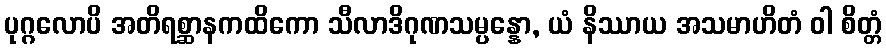
ပုဂ္ဂလောပိ အတိရစ္ဆာနကထိကော သီလာဒိဂုဏသမ္ပန္နော, ယံ နိဿာယ အသမာဟိတံ ဝါ စိတ္တံ